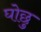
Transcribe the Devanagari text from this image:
घोछु